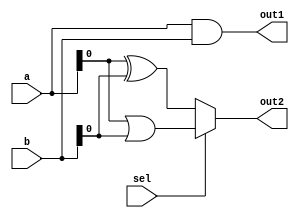
module combinational_logic (
    input wire [3:0] a,      // 4-bit input
    input wire [3:0] b,      // 4-bit input
    input wire sel,          // 1-bit selector
    output reg [3:0] out1,   // 4-bit output
    output reg out2          // 1-bit output
);

    // Combinational logic block
    always @(*) begin
        // Example of logical operations
        out1 = a & b;          // AND operation
        out2 = sel ? (a | b) : (a ^ b); // OR if sel is high, XOR if low
    end

endmodule